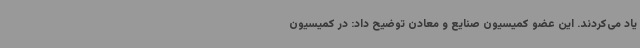
یاد می‌کردند. این عضو کمیسیون صنایع و معادن توضیح داد: در کمیسیون